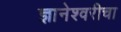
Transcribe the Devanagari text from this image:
ज्ञानेश्‍वरीचा